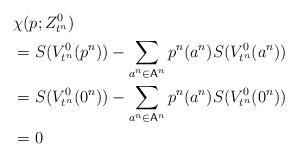
LaTeX: \begin{align*}&\chi(p;Z_{t^n}^{0})\\&= S({V}_{t^n}^{0} (p^n) ) - \sum_{a^n\in \mathsf{A}^n} p^n(a^n)S({V}_{t^n}^{0} (a^n) ) \\&= S({V}_{t^n}^{0} (0^n) ) - \sum_{a^n\in \mathsf{A}^n} p^n(a^n)S({V}_{t^n}^{0} (0^n) ) \\&=0\end{align*}